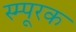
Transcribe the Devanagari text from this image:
स्म्पूरक